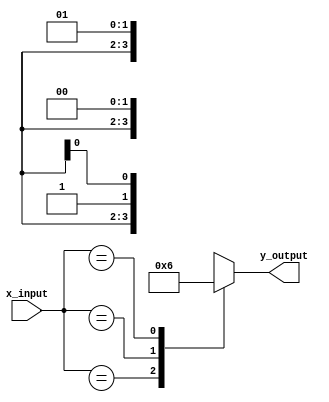
module x_based_case (
    input wire [3:0] x_input,
    output reg [1:0] y_output
);

always @* begin
    case (x_input)
        4'bxx00: y_output = 2'b00;  // when x is don't care and bits 3 and 2 are 0
        4'bxx01: y_output = 2'b01;  // when x is don't care and bits 3 and 2 are 0 and 1
        4'bxx1x: y_output = 2'b10;  // when x is don't care and bit 3 is 1
        default: y_output = 2'b11;   // for all other cases
    endcase
end

endmodule